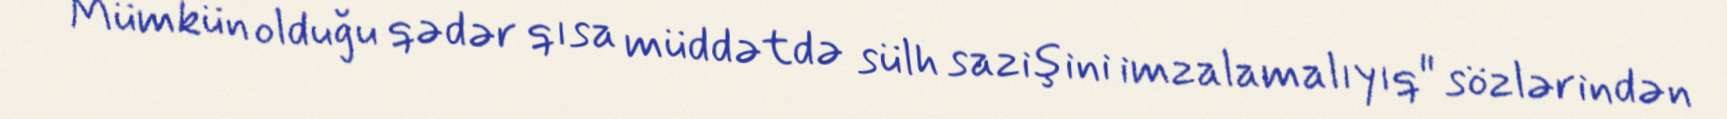
Mümkün olduğu qədər qısa müddətdə sülh sazişini imzalamalıyıq" sözlərindən